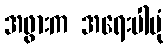
အဖွားက အရေးပါပုံ